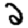
Digit: 2